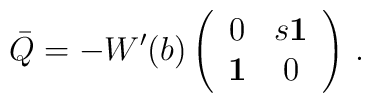
\bar Q =-W'(b)\left(\begin{array}{cc} 0&s{\bf 1}\\{\bf 1} &0 \end{array}\right)\,.